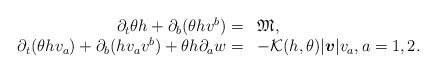
LaTeX: \begin{align*} \begin{array}{rl} \partial_t\theta h+\partial_b(\theta h v^b)= & \mathfrak{M},\\ \partial_t(\theta hv_a)+\partial_b(hv_av^b)+\theta h\partial_aw= & -{\cal K}(h,\theta)|\boldsymbol{v}|v_a, a=1,2. \end{array}\end{align*}